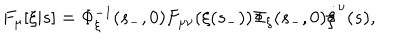
LaTeX: F _ { \mu } [ \xi | s ] = \Phi _ { \xi } ^ { - 1 } ( s _ { - } , 0 ) F _ { \mu \nu } ( \xi ( s _ { - } ) ) \Phi _ { \xi } ( s _ { - } , 0 ) \dot { \xi } ^ { \nu } ( s ) ,